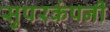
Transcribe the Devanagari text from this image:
सुपरकंपनी